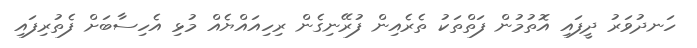
ހަނދުވަރު ދީފައި އޮތުމުން ފަތްތަކު ތެރެއިން ފުރޭނިގެން ރިހިއައްޔެއް މުޅި އެހިސާބަށް ފެތުރިފައި